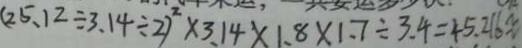
( 2 5 . 1 2 \div 3 . 1 4 \div 2 ) ^ { 2 } \times 3 . 1 4 \times 1 . 8 \times 1 . 7 \div 3 . 4 = 4 5 . 2 1 6 x